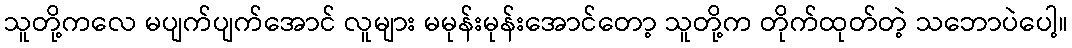
သူတို့ကလေ မပျက်ပျက်အောင် လူများ မမုန်းမုန်းအောင်တော့ သူတို့က တိုက်ထုတ်တဲ့ သဘောပဲပေါ့။